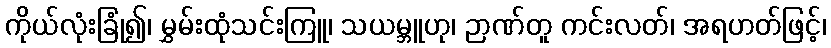
ကိုယ်လုံးခြုံ၍၊ မွှမ်းထုံသင်းကြူ၊ သယမ္ဘူဟု၊ ဉာဏ်တူ ကင်းလတ်၊ အရဟတ်ဖြင့်၊